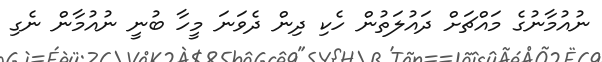
ނުއުމާނުގެ މައްޗަށް ދައުލަތުން ހެކި ދިން ދެވަނަ މީހާ ބުނީ ނުއުމާން ނެގި